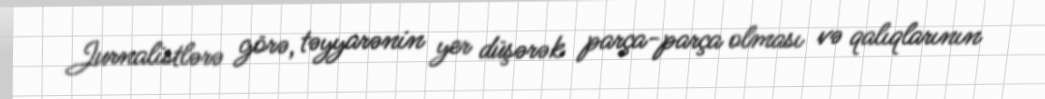
Jurnalistlərə görə, təyyarənin yer düşərək parça-parça olması və qalıqlarının